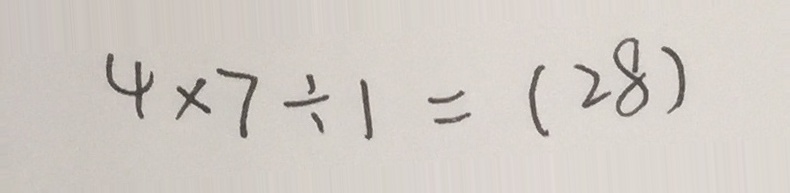
4 \times 7 \div 1 = ( 2 8 )